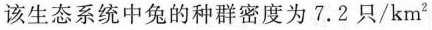
该生态系统中兔的种群密度为7.2只/km^{2}